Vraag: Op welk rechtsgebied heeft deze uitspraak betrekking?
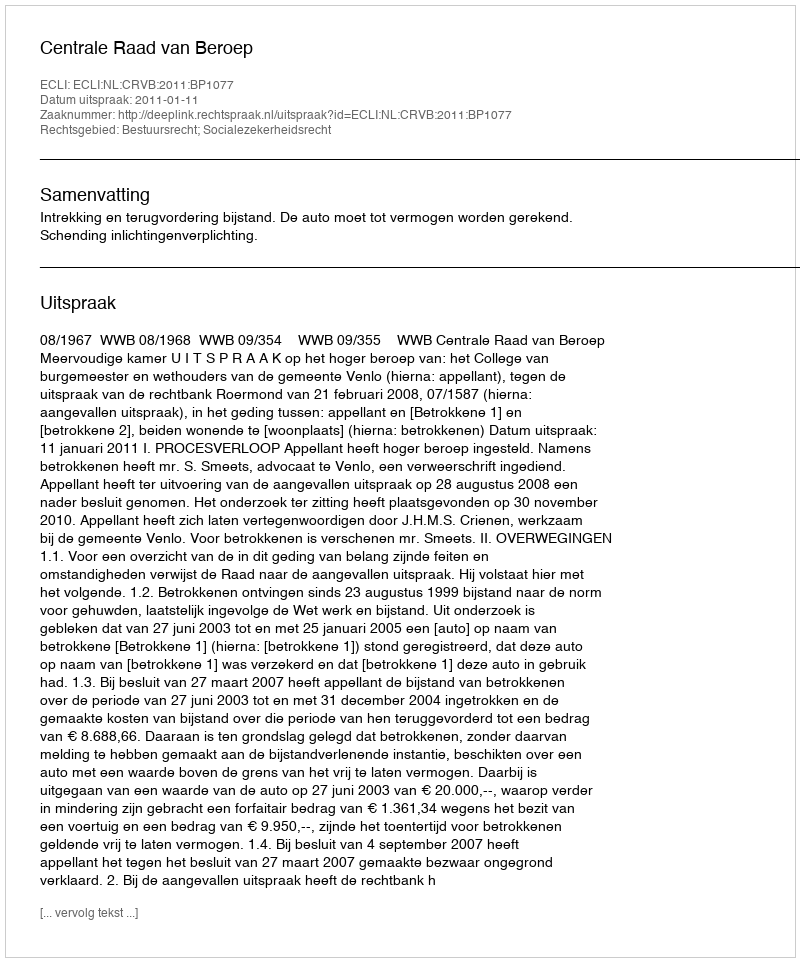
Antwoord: Bestuursrecht; Socialezekerheidsrecht